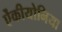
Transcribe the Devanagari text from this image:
ऐंकीयोनिया